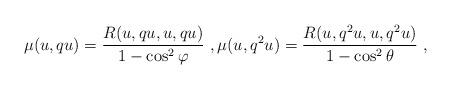
LaTeX: \begin{align*} \mu(u,qu)=\frac{R(u, qu, u, qu)}{1-\cos^{2}\varphi}\ ,\mu(u,q^{2}u)=\frac{R(u, q^{2}u, u, q^{2}u)}{1-\cos^{2}\theta}\ , \end{align*}